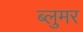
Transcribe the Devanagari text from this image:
ब्लुमर